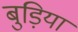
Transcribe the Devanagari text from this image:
बुड़िया